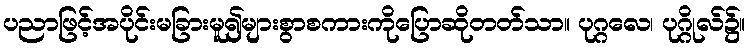
ပညာဖြင့်အပိုင်းမခြားမူ၍များစွာစကားကိုပြောဆိုတတ်သာ။ ပုဂ္ဂလေ၊ ပုဂ္ဂိုလ်၌။